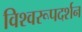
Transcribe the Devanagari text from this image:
विश्‍वरूपदर्शन